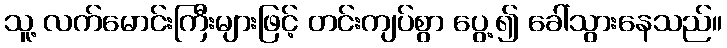
သူ့ လက်မောင်းကြီးများဖြင့် တင်းကျပ်စွာ ပွေ့၍ ခေါ်သွားနေသည်။